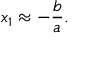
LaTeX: x _ { 1 } \approx - { \frac { b } { a } } .